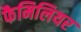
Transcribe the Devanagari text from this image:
फैमिलियर